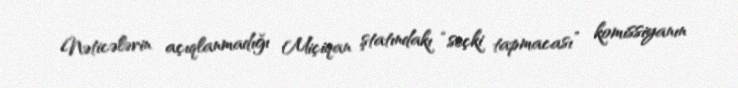
Nəticələrin açıqlanmadığı Miçiqan ştatındakı “seçki tapmacası” komissiyanın